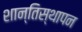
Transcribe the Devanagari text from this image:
शान्तिस्थापन